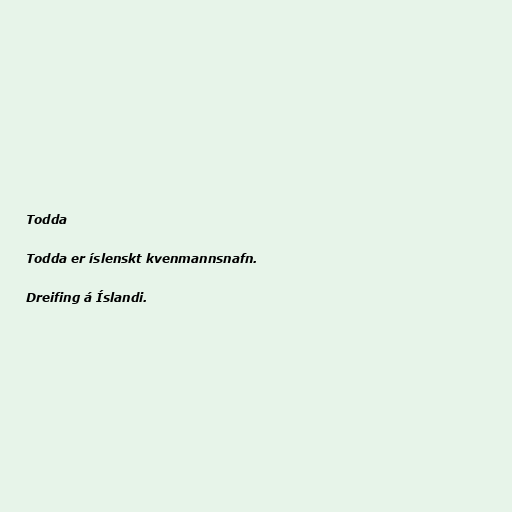
Todda

Todda er íslenskt kvenmannsnafn.

Dreifing á Íslandi.